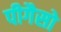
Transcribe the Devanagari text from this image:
पीगैसो